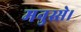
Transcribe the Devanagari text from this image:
मनुस्से।